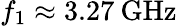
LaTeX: f_{1}\approx 3.27\: \mathrm{GHz}